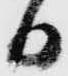
日